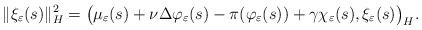
LaTeX: \begin{align*} \| \xi_{\varepsilon}(s) \|^2_H = \big( \mu_{\varepsilon}(s) + \nu \Delta \varphi_{\varepsilon}(s) - \pi(\varphi_{\varepsilon}(s)) + \gamma \chi_{\varepsilon}(s), \xi_{\varepsilon}(s) \big)_H. \end{align*}